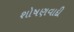
શોષણવાદી